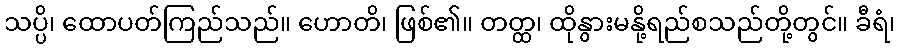
သပ္ပိ၊ ထောပတ်ကြည်သည်။ ဟောတိ၊ ဖြစ်၏။ တတ္ထ၊ ထိုနွားမနို့ရည်စသည်တို့တွင်။ ခီရံ၊